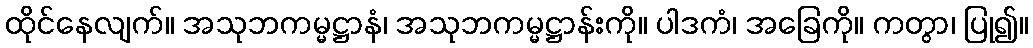
ထိုင်နေလျက်။ အသုဘကမ္မဋ္ဌာနံ၊ အသုဘကမ္မဋ္ဌာန်းကို။ ပါဒကံ၊ အခြေကို။ ကတွာ၊ ပြု၍။